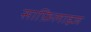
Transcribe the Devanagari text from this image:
साफ़िलाइज